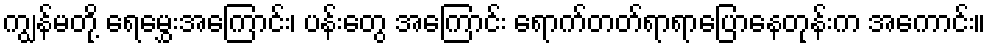
ကျွန်မတို့ ရေမွှေးအကြောင်း၊ ပန်းတွေ အကြောင်း ရောက်တတ်ရာရာပြောနေတုန်းက အကောင်း။